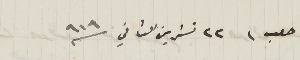
حلب، ٢٢ تشرين الثاني /١٩١٩